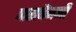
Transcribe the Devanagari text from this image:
पाराबैंगनी